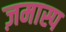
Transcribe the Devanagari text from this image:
ज़मास्प